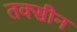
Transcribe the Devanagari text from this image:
तक्सीन